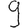
Digit: 9